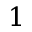
1